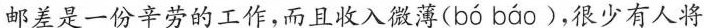
邮差是一份辛劳的工作，而且收入微薄( bó báo )，很少有人将